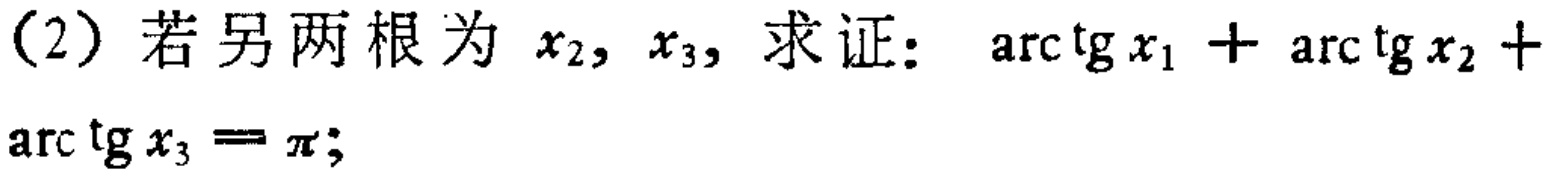
(2) 若另两根为 \(x_{2},x_{3}\)，求证：\(\arctan x_{1}+\arctan x_{2}+\arctan x_{3}=\pi\);